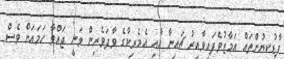
ފާޑުކިޔުންތައް އަމާޒުވެފައިވާއިރު ޗައިނާ އާއި އެމެރިކާގެ ވާދަވެރިން ވަނީ ޖައްވާ ހަމައަށް ވެސް